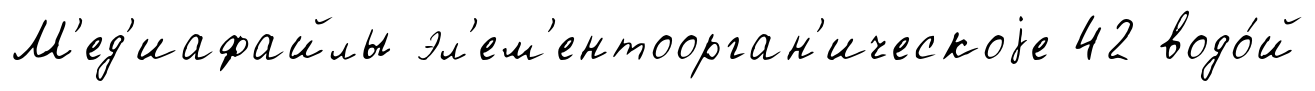
М'ед'иафайлы эл'ем'ентоорган'ическоjе 42 водо́й